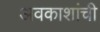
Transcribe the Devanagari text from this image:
अवकाशांची